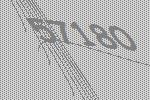
57180